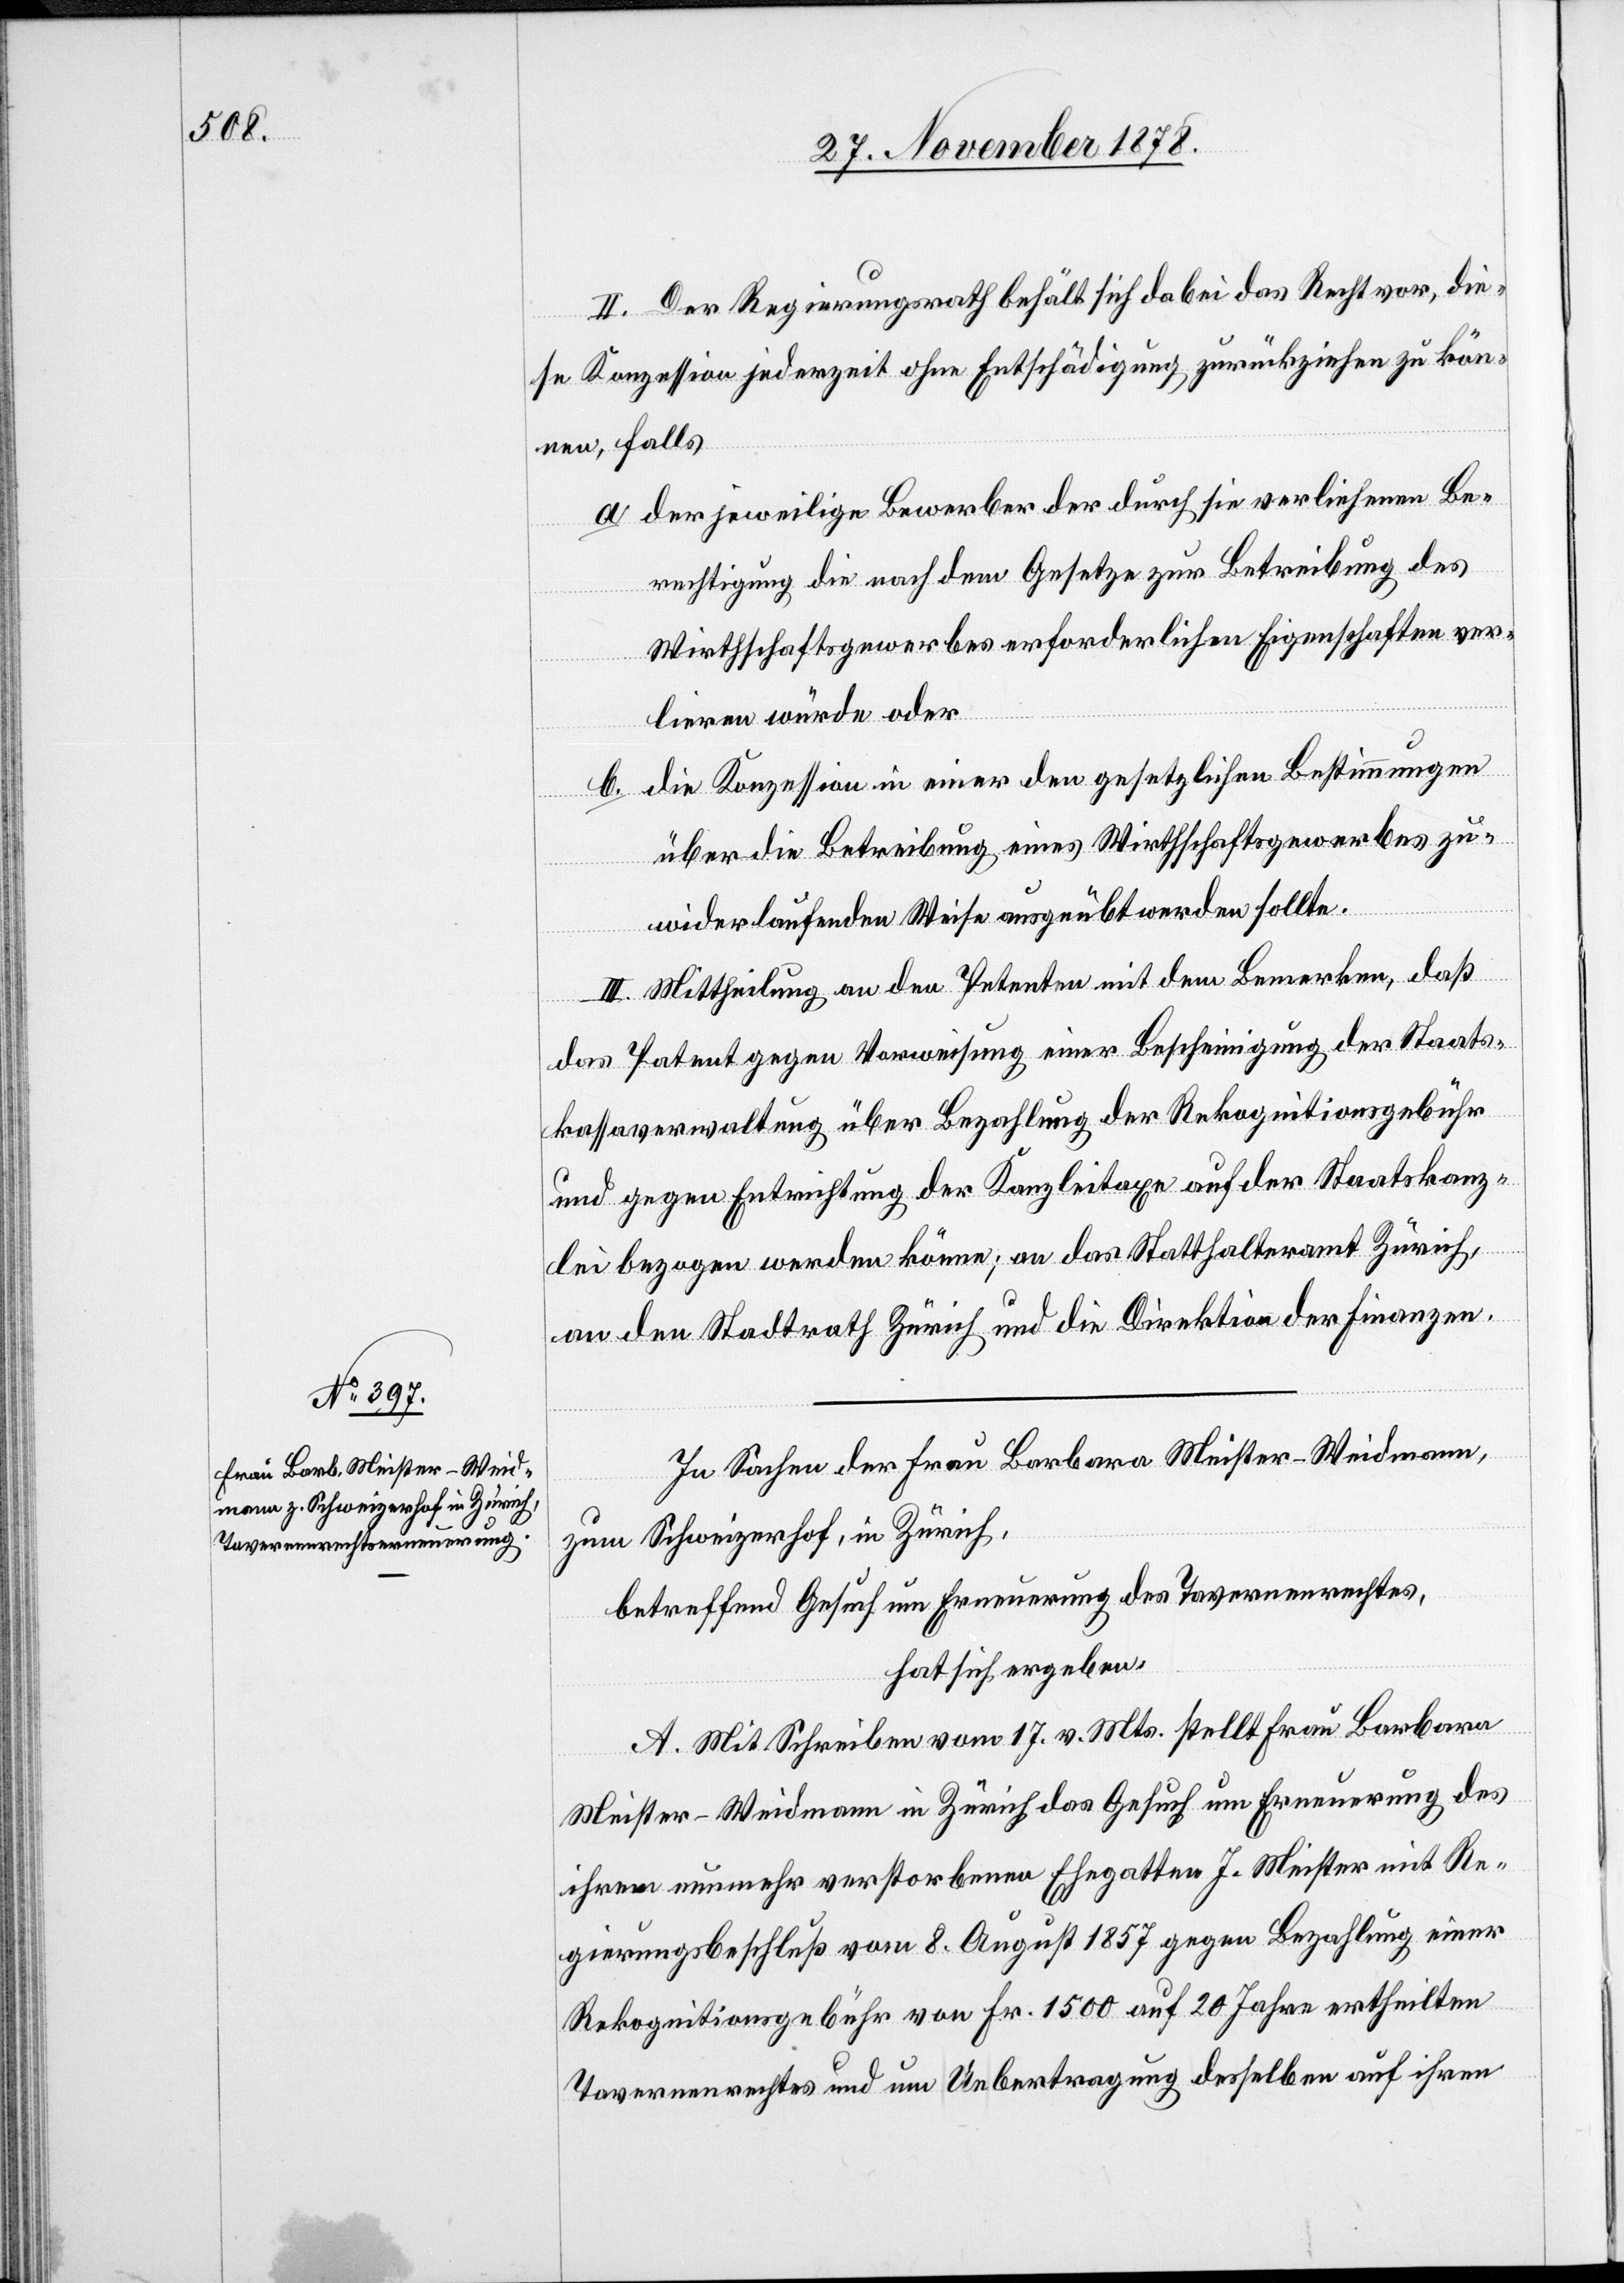
II. Der Regierungsrath behält sich dabei das Recht vor, die¬
se Konzession jederzeit ohne Entschädigung zurückzuziehen zu kön¬
nen, falls
der jeweilige Bewerber der durch sie verliehenen Be¬
rechtigung die nach dem Gesetze zur Betreibung des
Wirthschaftsgewerbes erforderlichen Eigenschaften ver¬
lieren würde oder
die Konzession in einer den gesetzlichen Bestimmungen
über die Betreibung des Wirthschaftsgewerbes zu¬
widerlaufenden Weise ausgeübt werden sollte.
III. Mittheilung an den Petenten, mit dem Bemerken, daß
das Patent gegen Vorweisung einer Bescheinigung der Staats¬
kassaverwaltung über Bezahlung der Rekognitionsgebühr
und gegen Entrichtung der Kanzleitaxe auf der Staatskanz¬
a.
lei bezogen werden könne; an das Statthalteramt Zürich,
an den Stadtrath Zürich & die Direktion der Finanzen.
In Sachen der Frau Barbara Meister-Weidmann,
zum Schweizerhof, in Zürich,
betreffend Gesuch um Erneuerung des Tavernenrechtes,
hat sich ergeben:
A. Mit Schreiben vom 17. v. Mts. stellt Frau Barbara
Meister-Weidmann in Zürich das Gesuch um Erneuerung des
ihrem nunmehr verstorbenen Ehegatten J. Meister mit Re¬
gierungsbeschluß vom 8. August 1857 gegen Bezahlung einer
Rekognitionsgebühr von Fr. 1500 auf 20 Jahre ertheilten
Tavernenrechts und um Uebertragung desselben auf ihren